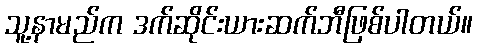
သူ့နာမည်က ဒက်ဆိုင်းယားဆက်ဘီဖြစ်ပါတယ်။